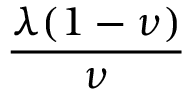
\frac { \lambda ( 1 - \nu ) } { \nu }